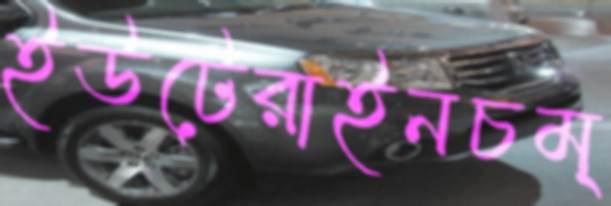
ইউটেরাইনচম্